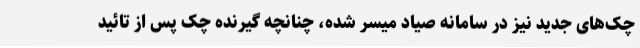
چک‌های جدید نیز در سامانه صیاد میسر شده، چنانچه گیرنده چک پس از تائید